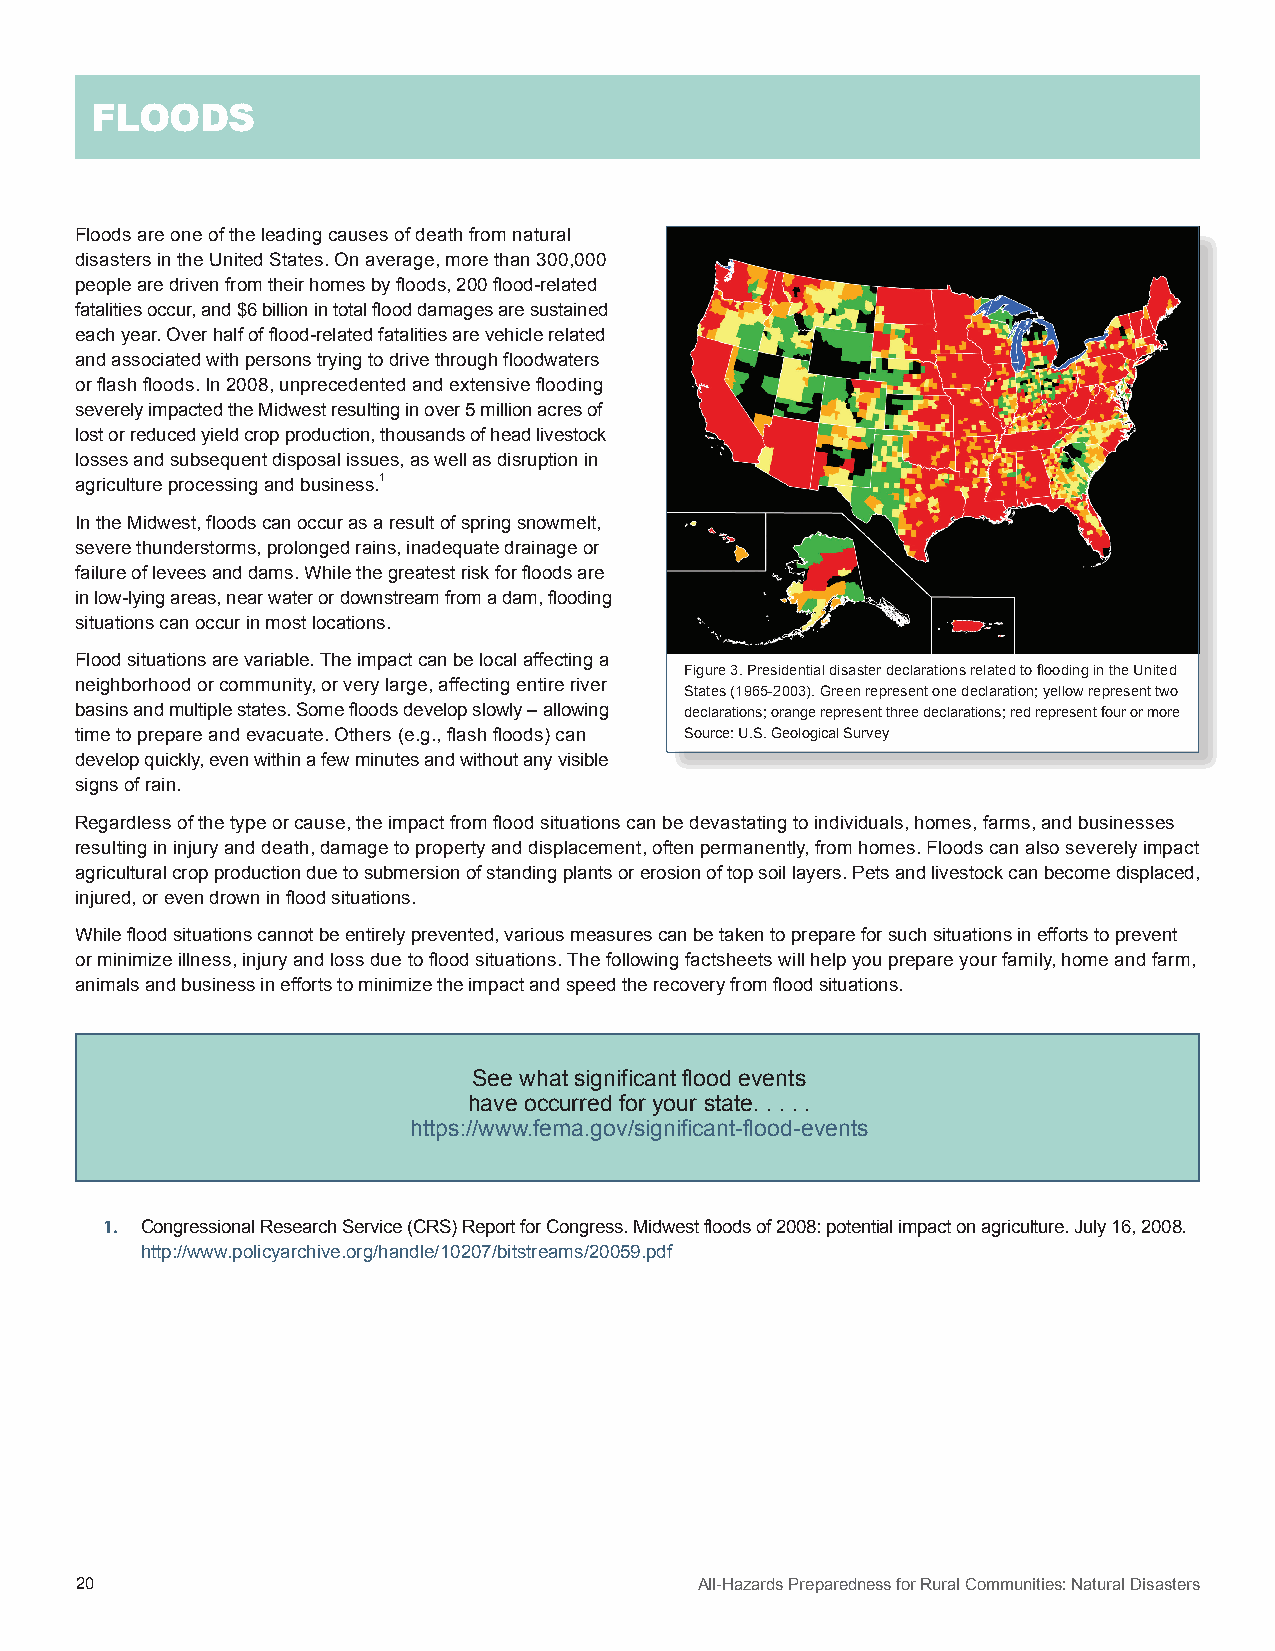
FLOODS
 Floods are one of the leading causes of death from natural
 disasters in the United States. On average, more than 300,000
 people are driven from their homes by floods, 200 flood-related
 fatalities occur, and $6 billion in total flood damages are sustained
 each year. Over half of flood-related fatalities are vehicle related
 and associated with persons trying to drive through floodwaters
 or flash floods. In 2008, unprecedented and extensive flooding
 severely impacted the Midwest resulting in over 5 million acres of
 lost or reduced yield crop production, thousands of head livestock
 losses and subsequent disposal issues, as well as disruption in
 agriculture processing and business.1
 In the Midwest, floods can occur as a result of spring snowmelt,
 severe thunderstorms, prolonged rains, inadequate drainage or
 failure of levees and dams. While the greatest risk for floods are
 in low-lying areas, near water or downstream from a dam, flooding
 situations can occur in most locations.
 Flood situations are variable. The impact can be local affecting a
 Figure 3. Presidential disaster declarations related to flooding in the United
 neighborhood or community, or very large, affecting entire river
 States (1965-2003). Green represent one declaration; yellow represent two
 basins and multiple states. Some floods develop slowly – allowing declarations; orange represent three declarations; red represent four or more
 time to prepare and evacuate. Others (e.g., flash floods) can Source: U.S. Geological Survey
 develop quickly, even within a few minutes and without any visible
 signs of rain.
 Regardless of the type or cause, the impact from flood situations can be devastating to individuals, homes, farms, and businesses
 resulting in injury and death, damage to property and displacement, often permanently, from homes. Floods can also severely impact
 agricultural crop production due to submersion of standing plants or erosion of top soil layers. Pets and livestock can become displaced,
 injured, or even drown in flood situations.
 While flood situations cannot be entirely prevented, various measures can be taken to prepare for such situations in efforts to prevent
 or minimize illness, injury and loss due to flood situations. The following factsheets will help you prepare your family, home and farm,
 animals and business in efforts to minimize the impact and speed the recovery from flood situations.
 See what significant flood events
 have occurred for your state. . . . .
 https://www.fema.gov/significant-flood-events
 1. Congressional Research Service (CRS) Report for Congress. Midwest floods of 2008: potential impact on agriculture. July 16, 2008.
 http://www.policyarchive.org/handle/10207/bitstreams/20059.pdf
 20                                       All-Hazards Preparedness for Rural Communities: Natural Disasters